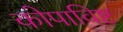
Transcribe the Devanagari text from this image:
कोपाविष्ट